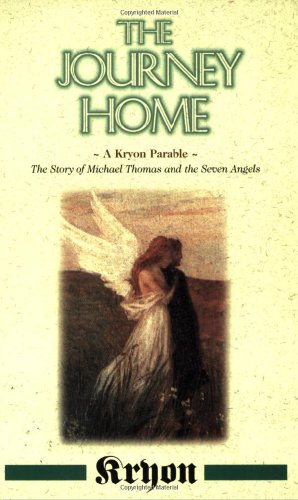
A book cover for The Journey Home: A Kryon Parable: The Story of Michael Thomas and the Seven Angels; Lee Carroll; Religion & Spirituality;